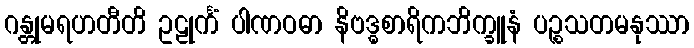
ဂန္တုမရဟတီတိ ဥဠုင်္ကံ ပါဏဝဓာ နိဗဒ္ဓစာရိကဘိက္ခူနံ ပဉ္စသတမနုဿာ